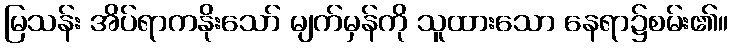
မြသန်း အိပ်ရာကနိုးသော် မျက်မှန်ကို သူထားသော နေရာ၌စမ်း၏။